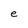
Character: e